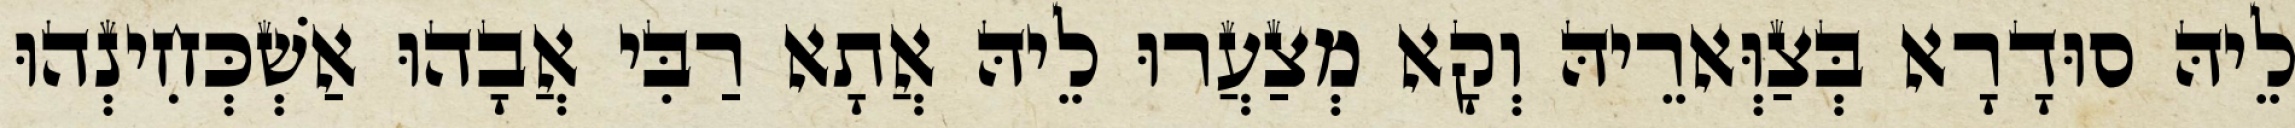
לֵיהּ סוּדָרָא בְּצַוְּארֵיהּ וְקָא מְצַעֲרוּ לֵיהּ אֲתָא רַבִּי אֲבָהוּ אַשְׁכְּחִינְהוּ